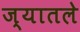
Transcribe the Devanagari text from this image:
ज्यातले